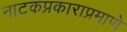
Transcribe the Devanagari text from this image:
नाटकप्रकाराप्रमाणे